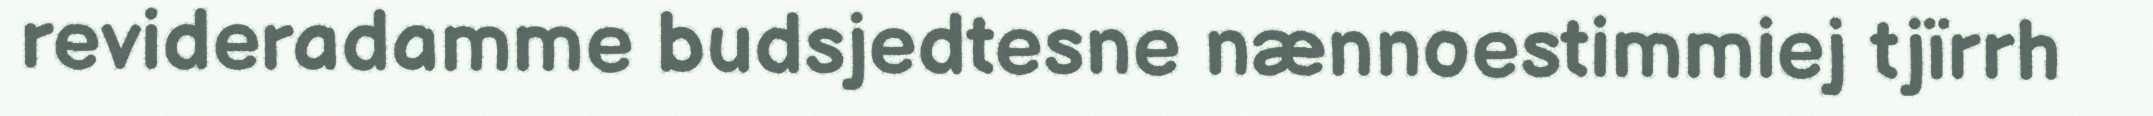
revideradamme budsjedtesne nænnoestimmiej tjïrrh